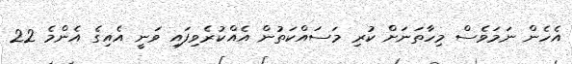
އެހެން ނަމަވެސް މިހާތަނަށް ކުރި މަސައްކަތުން އެއްކުރެވިފައި ވަނީ އެއިގެ އެންމެ 22